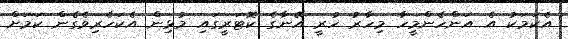
އެކަމަކު އެ އަންހެންމީހާ މިހާރު ހުރީ އޭނާގެ ކޮޓަރީގައި މުޅިން އެކަހެރިވެގެން ކަމަށް